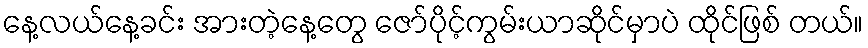
နေ့လယ်နေ့ခင်း အားတဲ့နေ့တွေ ဇော်ပိုင့်ကွမ်းယာဆိုင်မှာပဲ ထိုင်ဖြစ် တယ်။